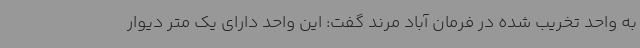
به واحد تخریب شده در فرمان آباد مرند گفت: این واحد دارای یک متر دیوار